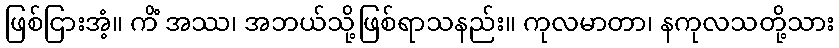
ဖြစ်ငြားအံ့။ ကိံ အဿ၊ အဘယ်သို့ဖြစ်ရာသနည်း။ ကုလမာတာ၊ နကုလသတို့သား